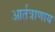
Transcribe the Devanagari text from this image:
आर्तत्राणाय